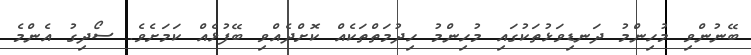
ބޭނުންވި މުހިންމު ދަނޑިވަޅުތަކުގައި މުހިންމު ހިދުމަތްތަކެއް ކޮށްދެއްވި ބޭފުޅެއް ކަމަށެވެ. ސޯދިގު އެންމެ